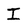
Character: I